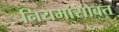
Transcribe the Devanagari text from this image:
नियमांसोबत